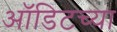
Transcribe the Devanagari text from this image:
ऑडिटच्या